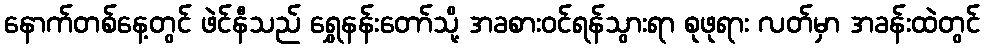
နောက်တစ်နေ့တွင် ဖဲင်နီသည် ရွှေနန်းတော်သို့ အခစားဝင်ရန်သွားရာ စုဖုရား လတ်မှာ အခန်းထဲတွင်